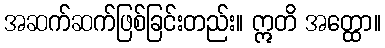
အဆက်ဆက်ဖြစ်ခြင်းတည်း။ ဣတိ အတ္ထော။